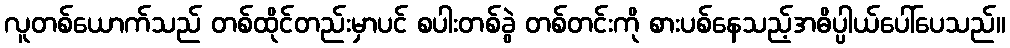
လူတစ်ယောက်သည် တစ်ထိုင်တည်းမှာပင် စပါးတစ်ခွဲ တစ်တင်းကို စားပစ်နေသည့်အဓိပ္ပါယ်ပေါ်ပေသည်။